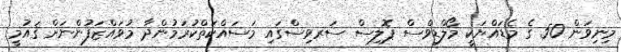
މިނިވަން 50 ގެ މެޑައްޔަކީ މޯލްޑިވްސް ޕޮލިސް ސަރވިސްގައި މަސައްކަތްކުރަމުންދާ މުވައްޒަފުންނަށް ޤައުމީ